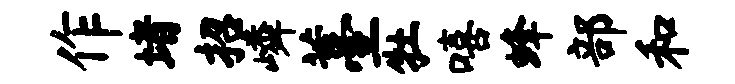
作堵招嶙薹牡嘻蜂部和